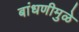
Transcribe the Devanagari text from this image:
बांधणीमुळे